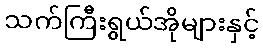
သက်ကြီးရွယ်အိုများနှင့်